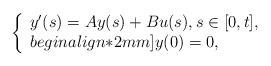
LaTeX: \begin{align*}\left\{ \begin{array}{ll} y'(s)=Ay(s)+Bu(s), s\in [0,t], \\begin{align*}2mm]y(0) = 0, \end{array}\right.\end{align*}